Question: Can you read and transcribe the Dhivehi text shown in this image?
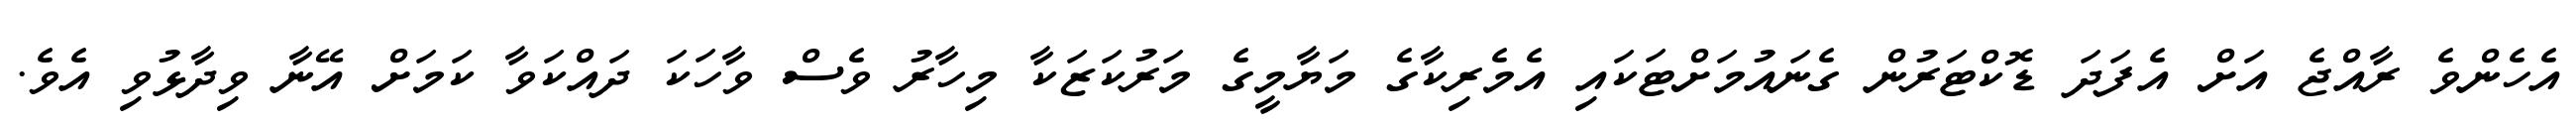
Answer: އެހެންވެ ރާއްޖެ އަށް އެފަދަ ޑޮކްޓަރުން ގެނައުމަށްޓަކައި އެމެރިކާގެ މަޔާމީގެ މަރުކަޒަކާ މިހާރު ވެސް ވާހަކަ ދައްކަވާ ކަމަށް އޭނާ ވިދާޅުވި އެވެ.